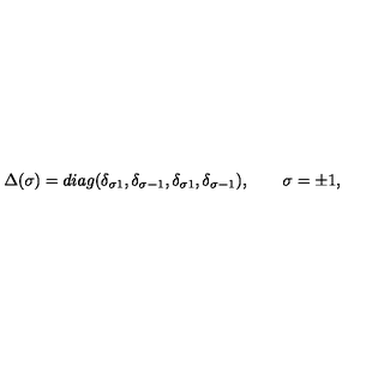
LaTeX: \Delta ( \sigma ) = d i a g ( \delta _ { \sigma 1 } , \delta _ { \sigma - 1 } , \delta _ { \sigma 1 } , \delta _ { \sigma - 1 } ) , \qquad \sigma = \pm 1 ,